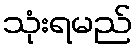
သုံးရမည်